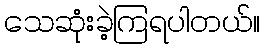
သေဆုံးခဲ့ကြရပါတယ်။